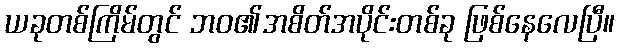
ယခုတစ်ကြိမ်တွင် ဘဝ၏အစိတ်အပိုင်းတစ်ခု ဖြစ်နေလေပြီ။